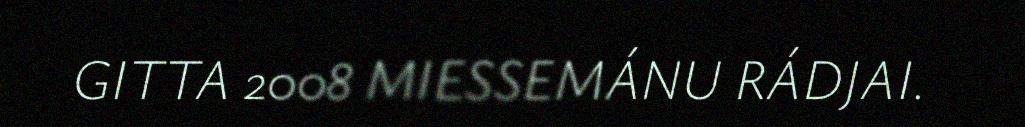
GITTA 2008 MIESSEMÁNU RÁDJAI.